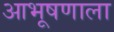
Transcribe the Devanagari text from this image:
आभूषणाला